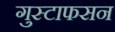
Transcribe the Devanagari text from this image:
गुस्टाफसन